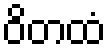
ဝိတထံ